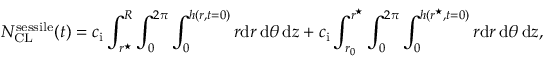
N _ { \mathrm { C L } } ^ { \mathrm { s e s s i l e } } ( t ) = c _ { \mathrm { i } } \int _ { r ^ { \star } } ^ { R } \int _ { 0 } ^ { 2 \pi } \int _ { 0 } ^ { h ( r , t = 0 ) } r \mathrm { d } r \, \mathrm { d } \theta \, \mathrm { d } z + c _ { \mathrm { i } } \int _ { r _ { 0 } } ^ { r ^ { \star } } \int _ { 0 } ^ { 2 \pi } \int _ { 0 } ^ { h ( r ^ { \star } , t = 0 ) } r \mathrm { d } r \, \mathrm { d } \theta \, \mathrm { d } z ,